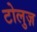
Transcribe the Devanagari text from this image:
टोलुज़